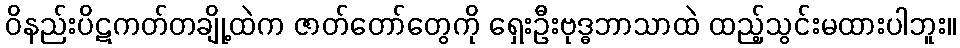
ဝိနည်းပိဋကတ်တချို့ထဲက ဇာတ်တော်တွေကို ရှေးဦးဗုဒ္ဓဘာသာထဲ ထည့်သွင်းမထားပါဘူး။